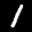
Label: 1